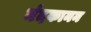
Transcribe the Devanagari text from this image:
नंदकानन